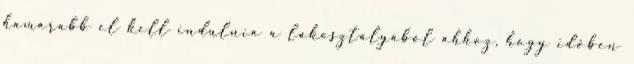
hamarabb el kell indulnia a lakosztályából ahhoz, hogy időben